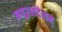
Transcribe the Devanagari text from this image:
मयूरसंदेशम्